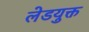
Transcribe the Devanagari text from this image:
लेडयुक्त